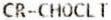
CR-CHOCLT